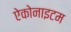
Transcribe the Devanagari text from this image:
ऐकोनाइटम